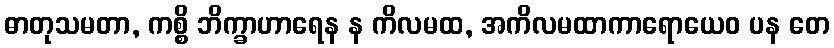
ဓာတုသမတာ, ကစ္စိ ဘိက္ခာဟာရေန န ကိလမထ, အကိလမထာကာရောယေဝ ပန တေ